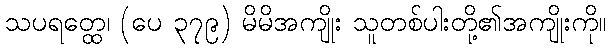
သပရတ္ထေ၊ (ပေ ၃၇၉) မိမိအကျိုး သူတစ်ပါးတို့၏အကျိုးကို။